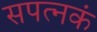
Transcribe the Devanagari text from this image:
सपत्नकं